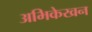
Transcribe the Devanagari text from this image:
अभिकेखन